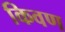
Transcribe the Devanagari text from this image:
किवण